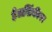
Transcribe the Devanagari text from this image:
हेलसिंकीवर